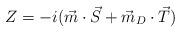
LaTeX: \begin{align*}Z=-i(\vec{m}\cdot\vec{S}+\vec{m}_{D}\cdot\vec{T}) \end{align*}